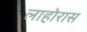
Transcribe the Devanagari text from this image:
लाहोरास